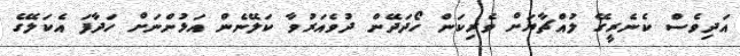
އަދިވެސް ކެނެރީގޭ ލުއްޗާޔަށް ވެރިކަން ހޯދަދޭން ދުވެއަރުވާ ކަލޭނެން އަޅުންނަށް ހަދާފަ އެކަލޭގެ